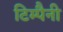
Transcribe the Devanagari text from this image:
टिम्पैनी